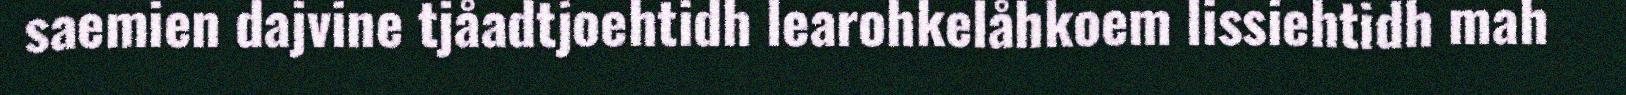
saemien dajvine tjåadtjoehtidh learohkelåhkoem lissiehtidh mah